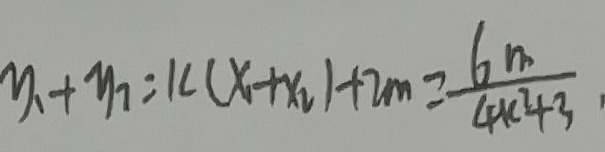
y _ { 1 } + y _ { 2 } = k ( x _ { 1 } + x _ { 2 } ) + 2 m = \frac { 6 m } { 4 k ^ { 2 } + 3 }